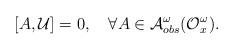
LaTeX: \begin{align*}[A, {\cal U}]=0,~~~\forall A\in{\cal A}^{\omega}_{obs}({\cal O}^{\omega}_{x}).\end{align*}